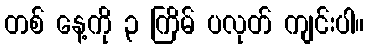
တစ် နေ့ကို ၃ ကြိမ် ပလုတ် ကျင်းပါ။